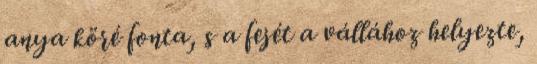
anya köré fonta, s a fejét a vállához helyezte,